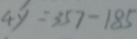
4 y = 3 5 7 - 1 8 5